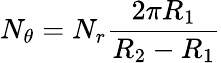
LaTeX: N_{\theta}=N_{r}\frac{2\pi R_{1}}{R_{2}-R_{1}}